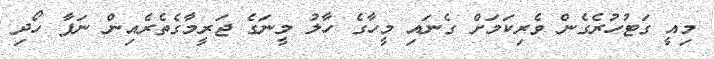
މިއީ ގަޓުހުރެގެން ވެރިކަމަށް ގެނައި މީހާގެ ހާލު މީނަގެ ޖަރީމާގެތެރެއިން ނަފާ ހޯދި